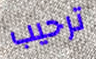
ترحيب